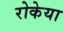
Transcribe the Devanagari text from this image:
रोकेया